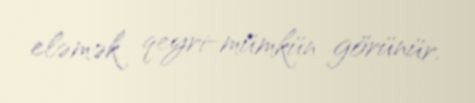
eləmək qeyri-mümkün görünür.